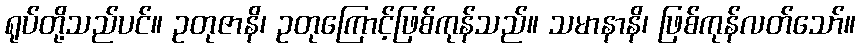
ရုပ်တို့သည်ပင်။ ဥတုဇာနိ၊ ဥတုကြောင့်ဖြစ်ကုန်သည်။ သမာနာနိ၊ ဖြစ်ကုန်လတ်သော်။